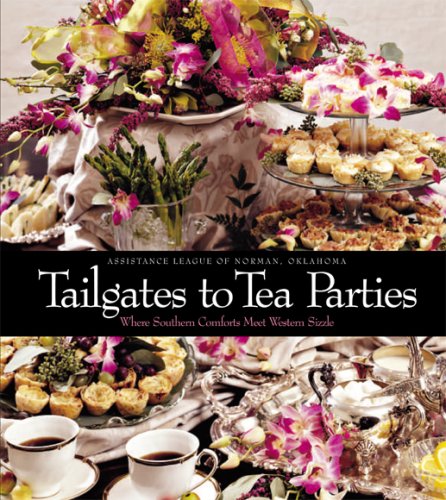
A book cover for Tailgates to Tea Parties; Assistance League of Norman; Cookbooks, Food & Wine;